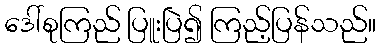
ဒေါ်စုကြည် ပြူးပြဲ၍ ကြည့်ပြန်သည်။